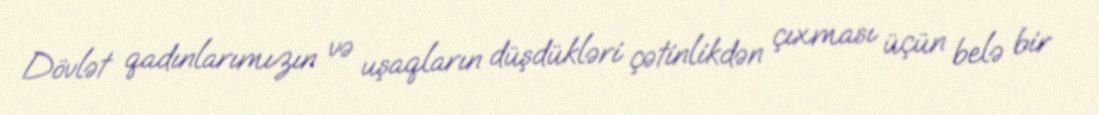
Dövlət qadınlarımızın və uşaqların düşdükləri çətinlikdən çıxması üçün belə bir